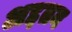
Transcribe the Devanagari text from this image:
अद्दतन